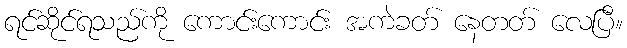
ရင်ဆိုင်ရသည်ကို ကောင်းကောင်း အကဲခတ် နေတတ် လေပြီ။